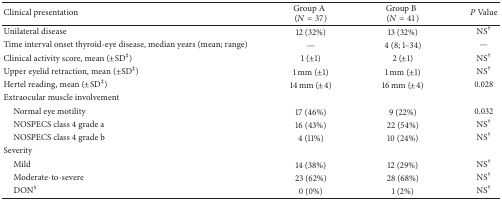
<table><thead><tr><td><b>Clinical presentation</b></td><td><b>Group A(<i>N</i> = 37)</b></td><td><b>Group B(<i>N</i> = 41)</b></td><td><b><i>P</i> Value</b></td></tr></thead><tbody><tr><td>Unilateral disease </td><td>12 (32%)</td><td>13 (32%)</td><td>NS<sup>†</sup></td></tr><tr><td>Time interval onset thyroid-eye disease, median years (mean; range)</td><td>—</td><td>4 (8; 1–34)</td><td>—</td></tr><tr><td>Clinical activity score, mean (±SD<sup>‡</sup>) </td><td>1 (±1)</td><td>2 (±1)</td><td>NS<sup>†</sup></td></tr><tr><td>Upper eyelid retraction, mean (±SD<sup>‡</sup>)</td><td>1 mm (±1)</td><td>1 mm (±1)</td><td>NS<sup>†</sup></td></tr><tr><td>Hertel reading, mean (±SD<sup>‡</sup>)</td><td>14 mm (±4)</td><td>16 mm (±4)</td><td>0.028</td></tr><tr><td>Extraocular muscle involvement</td><td> </td><td> </td><td> </td></tr><tr><td> Normal eye motility </td><td>17 (46%)</td><td>9 (22%)</td><td>0.032</td></tr><tr><td> NOSPECS class 4 grade a</td><td>16 (43%)</td><td>22 (54%)</td><td>NS<sup>†</sup></td></tr><tr><td> NOSPECS class 4 grade b</td><td>4 (11%)</td><td>10 (24%)</td><td>NS<sup>†</sup></td></tr><tr><td>Severity</td><td> </td><td> </td><td> </td></tr><tr><td> Mild</td><td>14 (38%)</td><td>12 (29%)</td><td>NS<sup>†</sup></td></tr><tr><td> Moderate-to-severe</td><td>23 (62%)</td><td>28 (68%)</td><td>NS<sup>†</sup></td></tr><tr><td> DON<sup>§</sup></td><td>0 (0%)</td><td>1 (2%)</td><td>NS<sup>†</sup></td></tr></tbody></table>